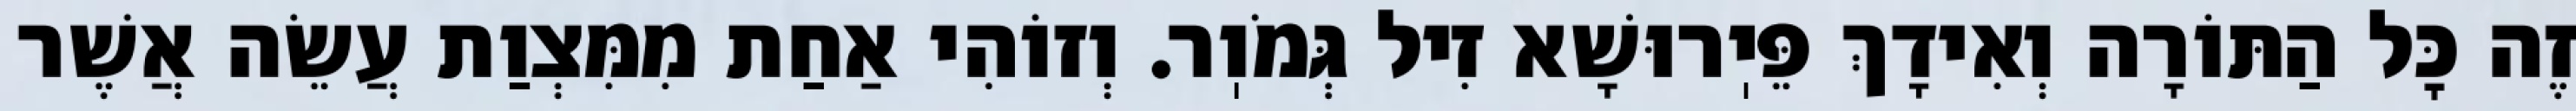
זֶה כׇּל הַתּוֹרָה וְאִידָךְ פֵּיֽרוּשָׁא זִיל גְּמֹוֽר. וְזוֹהִי אַחַת מִמִּצְוַת עֲשֵׂה אֲשֶׁר